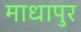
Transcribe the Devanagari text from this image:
माधापुर